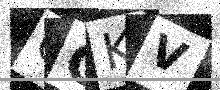
Text: CGKV